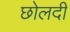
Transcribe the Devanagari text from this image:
छोलदी